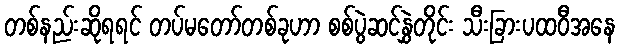
တစ်နည်းဆိုရရင် တပ်မတော်တစ်ခုဟာ စစ်ပွဲဆင်နွှဲတိုင်း သီးခြားပထဝီအနေ